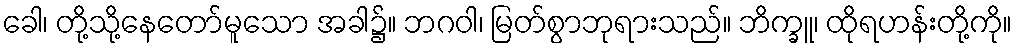
ခေါ၊ တို့သို့နေတော်မူသော အခါ၌။ ဘဂဝါ၊ မြတ်စွာဘုရားသည်။ ဘိက္ခူ၊ ထိုရဟန်းတို့ကို။